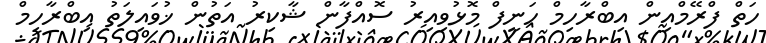
ހަތް ފްރޭމްއިން އިބްރާހިމް ހަނީފް މޮޅުވިއިރު ސޮއްފާން ޝާކިރު އަތުން ޚުވައިލަތު އިބްރާހިމް